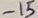
Text: -15